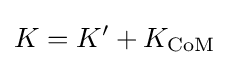
K=K'+K_{\text{CoM}}